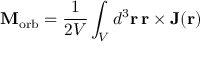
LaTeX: \mathbf { M } _ { \mathrm { { o r b } } } = { \frac { 1 } { 2 V } } \int _ { V } d ^ { 3 } \mathbf { r } \, \mathbf { r } \times \mathbf { J } ( \mathbf { r } )